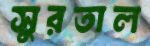
সুরতাল